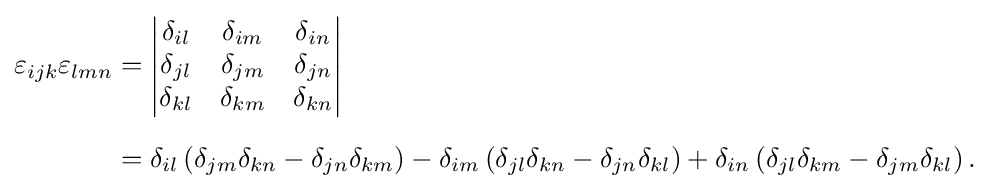
{\begin{aligned}\varepsilon _{ijk}\varepsilon _{lmn}&={\begin{vmatrix}\delta _{il}&\delta _{im}&\delta _{in}\\\delta _{jl}&\delta _{jm}&\delta _{jn}\\\delta _{kl}&\delta _{km}&\delta _{kn}\\\end{vmatrix}}\\[6pt]&=\delta _{il}\left(\delta _{jm}\delta _{kn}-\delta _{jn}\delta _{km}\right)-\delta _{im}\left(\delta _{jl}\delta _{kn}-\delta _{jn}\delta _{kl}\right)+\delta _{in}\left(\delta _{jl}\delta _{km}-\delta _{jm}\delta _{kl}\right).\end{aligned}}